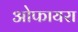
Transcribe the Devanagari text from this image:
ओफायरा